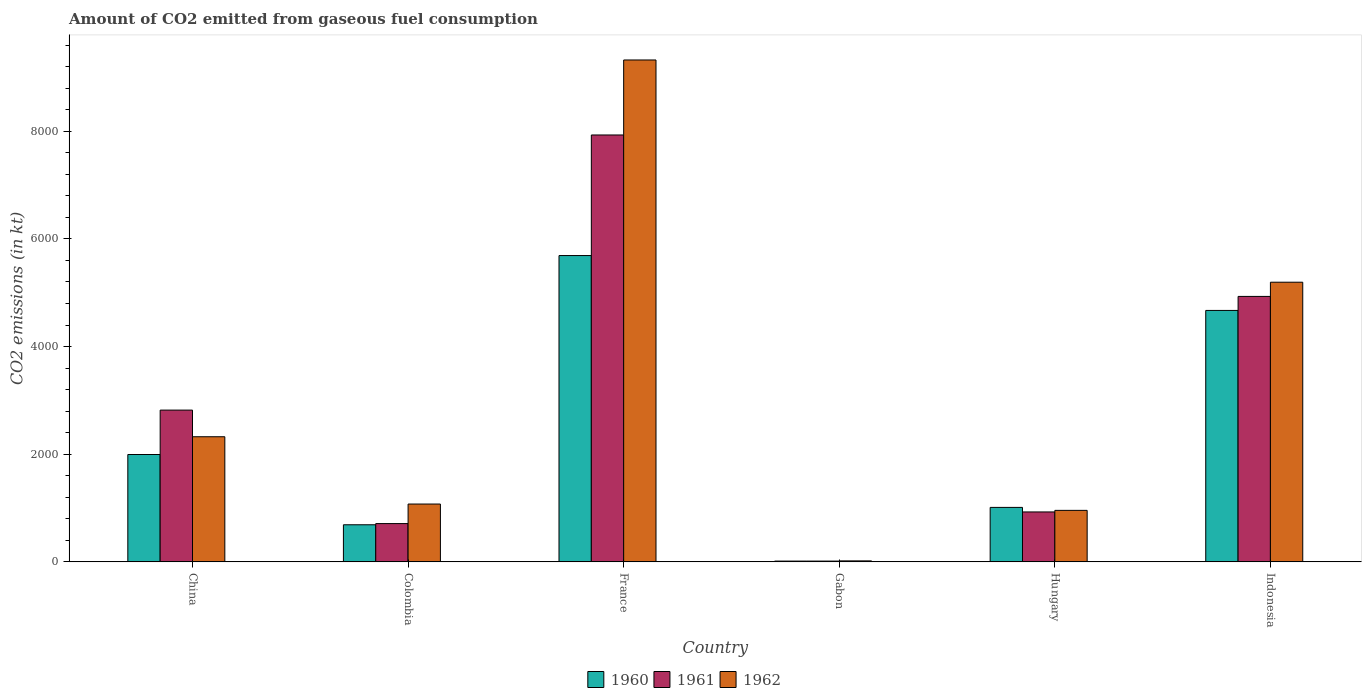
| Country | 1960 | 1961 | 1962 |
 | --- | --- | --- | --- |
 | China | 1.99e+03 | 2.82e+03 | 2.32e+03 |
 | Colombia | 689 | 711 | 1.07e+03 |
 | France | 5.69e+03 | 7.93e+03 | 9.33e+03 |
 | Gabon | 14.7 | 14.7 | 18.3 |
 | Hungary | 1.01e+03 | 928 | 957 |
 | Indonesia | 4.67e+03 | 4.93e+03 | 5.2e+03 |